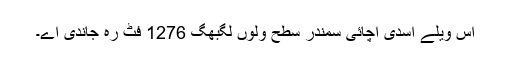
اس ویلے اسدی اچائی سمندر سطح ولوں لگبھگّ 1276 فٹ رہ جاندی اے۔